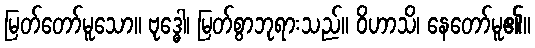
မြတ်တော်မူသော။ ဗုဒ္ဓေါ၊ မြတ်စွာဘုရားသည်။ ဝိဟာသိ၊ နေတော်မူ၏။